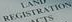
REGISIRATION